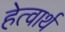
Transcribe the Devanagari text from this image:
हेत्वार्थ